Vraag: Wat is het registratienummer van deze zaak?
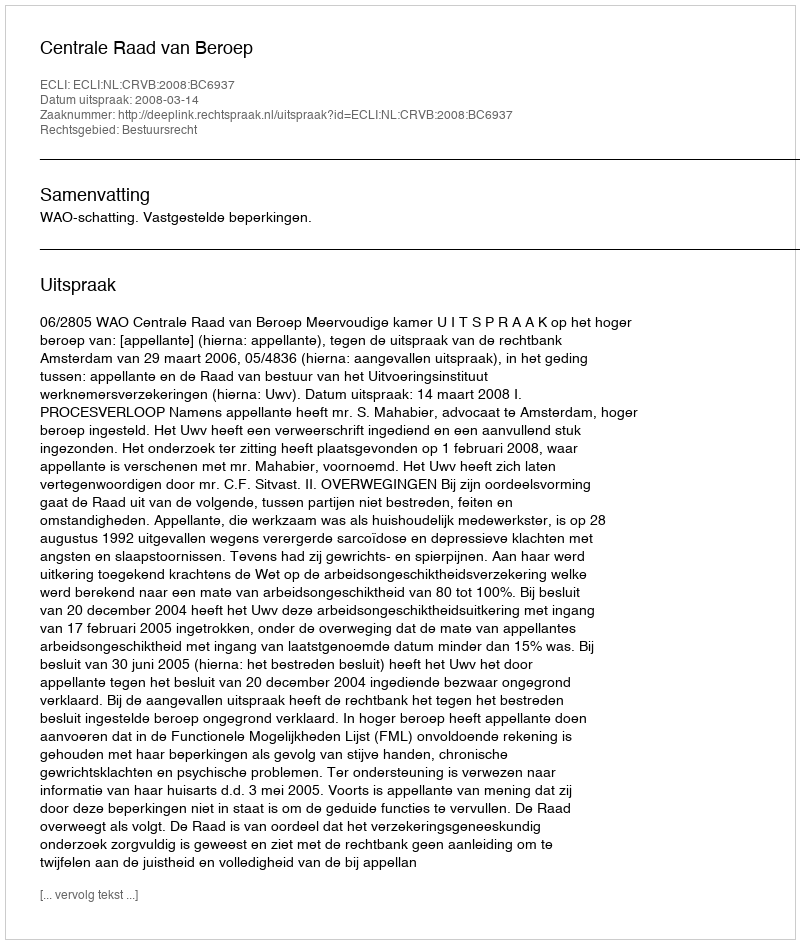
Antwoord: http://deeplink.rechtspraak.nl/uitspraak?id=ECLI:NL:CRVB:2008:BC6937